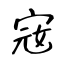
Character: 宼